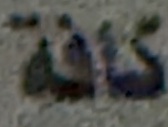
كافة